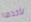
لأخذها